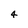
Character: 4